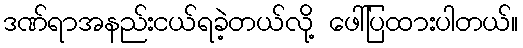
ဒဏ်ရာအနည်းငယ်ရခဲ့တယ်လို့ ဖေါ်ပြထားပါတယ်။